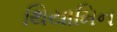
થિયામિન